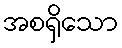
အစရှိသော